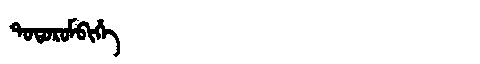
Manchu: ᡨᠣᡨᠣᡵᠣᠮᠪᡳᡥᡝ
Romanization: TOTOROMBIHE